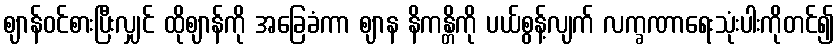
ဈာန်ဝင်စားပြီးလျှင် ထိုဈာန်ကို အခြေခံကာ ဈာန နိကန္တိကို ပယ်စွန့်လျက် လက္ခဏာရေးသုံးပါးကိုတင်၍